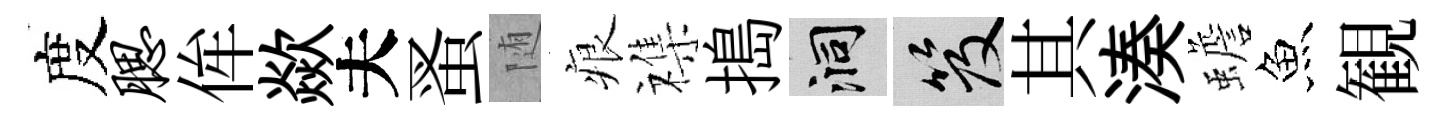
度腮侔歘夫蚤随痕襍搗洞笈其湊蟾魚観